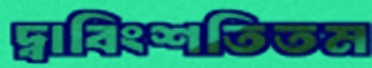
দ্বাবিংশতিতম